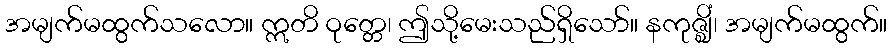
အမျက်မထွက်သလော။ ဣတိ ဝုတ္တေ၊ ဤသို့မေးသည်ရှိသော်။ နကုဇ္ဈိံ၊ အမျက်မထွက်။